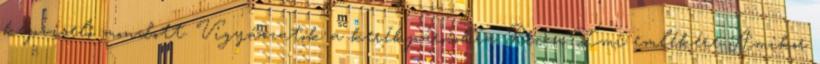
képviselő mondott. Vigyázzatok a kerékpárosokra Riczu Imi emlékére Amikor